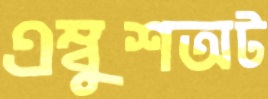
এম্বুশঅট